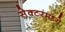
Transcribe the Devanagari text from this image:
सेक्टरमध्ये